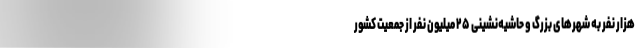
هزار نفر به شهرهای بزرگ و حاشیه‌نشینی ۲۵ میلیون نفر از جمعیت کشور